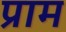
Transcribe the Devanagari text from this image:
प्राम